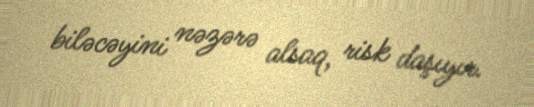
biləcəyini nəzərə alsaq, risk daşıyır.